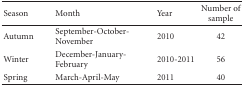
| Season | Month | Year | Number of sample |
 | --- | --- | --- | --- |
 | Autumn | September-October-November | 2010 | 42 |
 | Winter | December-January-February | 2010-2011 | 56 |
 | Spring | March-April-May | 2011 | 40 |